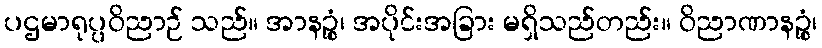
ပဌမာရုပ္ပဝိညာဉ် သည်။ အာနဉ္စံ၊ အပိုင်းအခြား မရှိသည်တည်း။ ဝိညာဏာနဉ္စံ၊